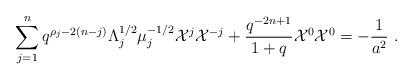
LaTeX: \begin{align*}\sum_{j=1}^n q^{\rho_j-2(n-j)}\Lambda_j^{1/2}\mu_j^{-1/2}{\cal X}^j{\cal X}^{-j}+\frac{q^{-2n+1}}{1+q}{\cal X}^0{\cal X}^0=-\frac{1}{a^2}~.\end{align*}